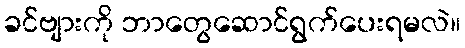
ခင်ဗျားကို ဘာတွေဆောင်ရွက်ပေးရမလဲ။